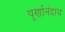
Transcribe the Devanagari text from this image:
पूर्णानंदाय